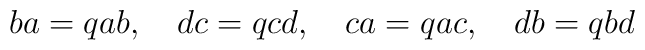
ba=qab,\quad dc=qcd,\quad ca=qac,\quad db=qbd